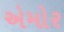
એમોર